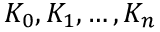
K _ { 0 } , K _ { 1 } , \ldots , K _ { n }